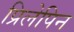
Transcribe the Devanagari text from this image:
प्रिलेपिन